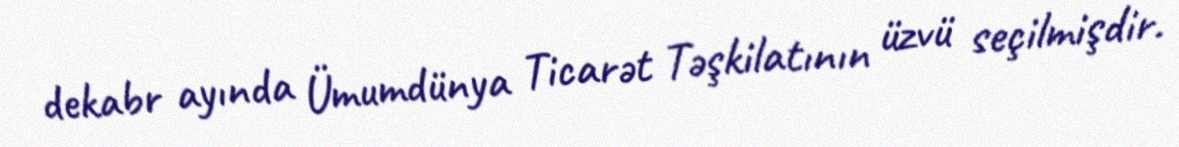
dekabr ayında Ümumdünya Ticarət Təşkilatının üzvü seçilmişdir.